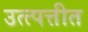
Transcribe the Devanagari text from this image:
उत्त्पत्तीत